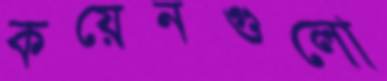
কয়েনগুলো